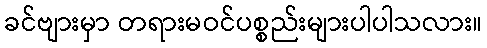
ခင်ဗျားမှာ တရားမဝင်ပစ္စည်းများပါပါသလား။